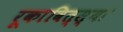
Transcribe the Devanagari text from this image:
रूकावित्स्या